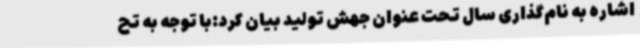
اشاره به نام‌گذاری سال تحت عنوان جهش تولید بیان کرد:با توجه به تح